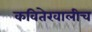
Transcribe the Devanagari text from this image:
कवितेखालीच